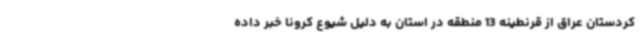
کردستان عراق از قرنطینه 13 منطقه در استان به دلیل شیوع کرونا خبر داده